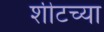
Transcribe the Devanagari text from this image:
शीटच्या